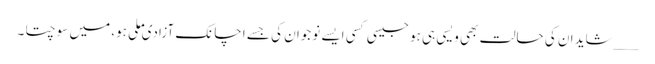
___شاید ان کی حالت بھی ویسی ہی ہو جیسی کسی ایسے نوجوان کی جسے اچانک آزادی ملی ہو، میں سوچتا ۔